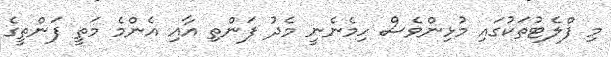
މި ފްލެޓުތަކުގައި މުޅިންވެސް ހިމެނެނީ މެދު ފަންތި އާއި އެންމެ މަތީ ފަންތީގެ